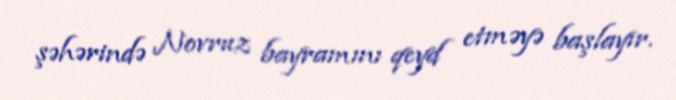
şəhərində Novruz bayramını qeyd etməyə başlayır.